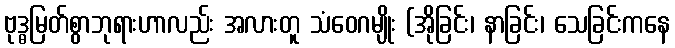
ဗုဒ္ဓမြတ်စွာဘုရားဟာလည်း အလားတူ သံဝေဂမျိုး (အိုခြင်း၊ နာခြင်း၊ သေခြင်းကနေ